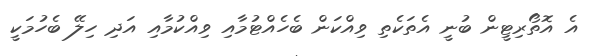
އެ އޮތޯރިޓީން ބުނީ އެތަކެތި ވިއްކަން ބެހެއްޓުމާއި ވިއްކުމާއި އަދި ހިލޭ ބެހުމަކީ